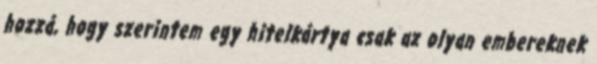
hozzá, hogy szerintem egy hitelkártya csak az olyan embereknek